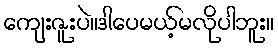
ကျေးဇူးပဲ။ဒါပေမယ့်မလိုပါဘူး။